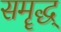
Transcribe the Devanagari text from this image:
समॄद्ध्